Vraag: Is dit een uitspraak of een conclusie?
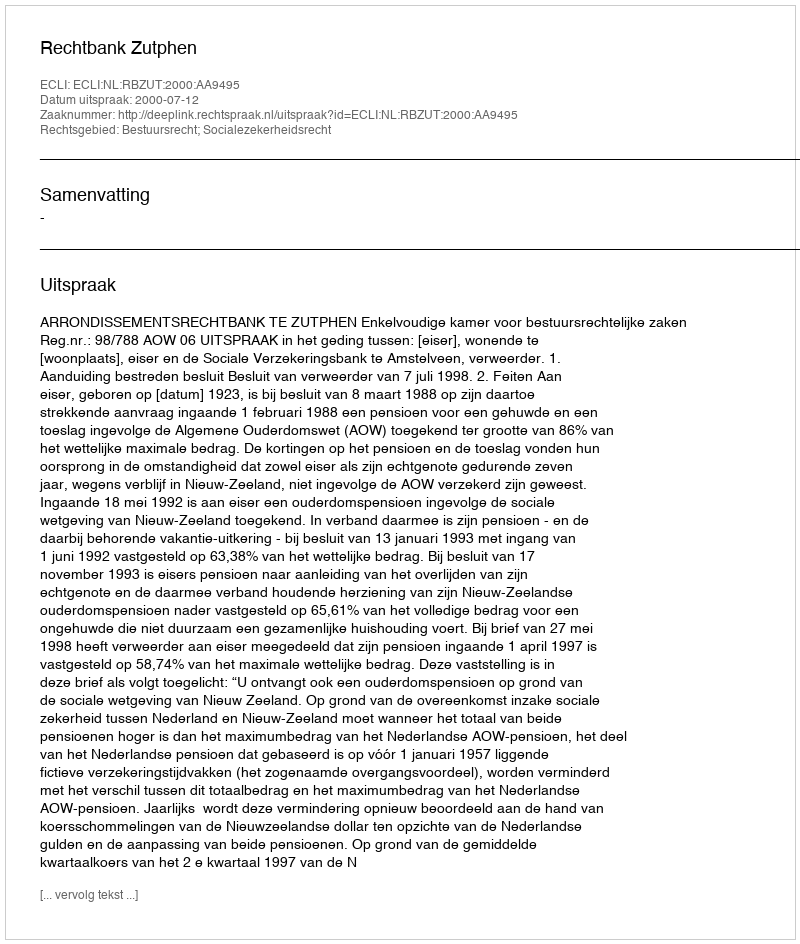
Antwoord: Uitspraak